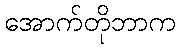
အောက်တိုဘာက